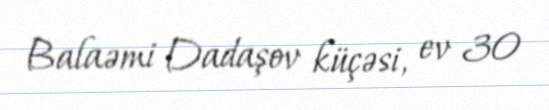
Balaəmi Dadaşov küçəsi, ev 30